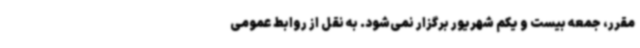
مقرر، جمعه بیست و یکم شهریور برگزار نمی‌شود. به نقل از روابط عمومی